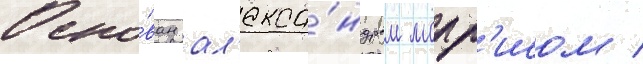
Осно́ван ал'екса́ндром морр'исом /